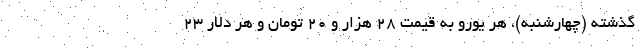
گذشته (چهارشنبه)، هر یورو به قیمت ۲۸ هزار و ۲۰ تومان و هر دلار ۲۳